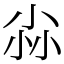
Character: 尛